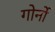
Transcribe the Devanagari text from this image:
गोर्नो